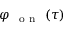
\varphi _ { \mathrm { ~ \mathrm { ~ o ~ n ~ } ~ } } ( \tau )